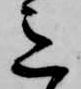
意